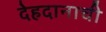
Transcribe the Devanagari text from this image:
देहदानाची